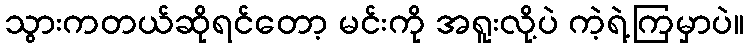
သွားကတယ်ဆိုရင်တော့ မင်းကို အရူးလို့ပဲ ကဲ့ရဲ့ကြမှာပဲ။